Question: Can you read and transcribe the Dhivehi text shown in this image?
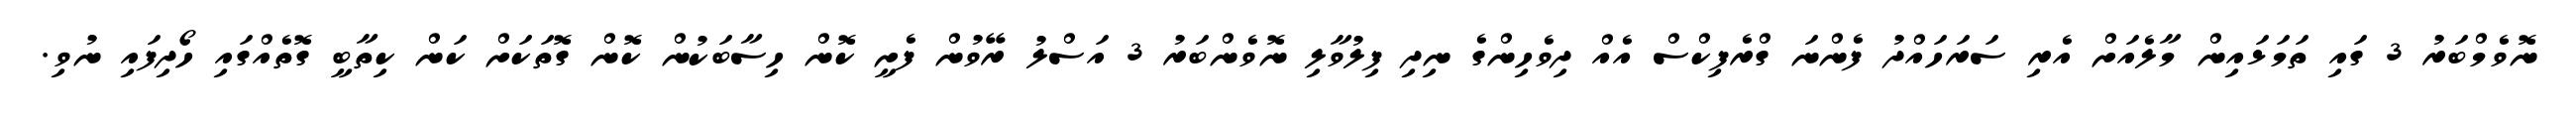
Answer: ނޮވެމްބަރު 3 ގައި ތަމަޅައިން މާލެއަށް އެރި ސަރަހައްދު ފެންނަ ގްރެފިކްސް އެއް ދިވެހިންގެ ނިދި ފިލުވާލި ނޮވެންބަރު 3 އަސްލު ރޭވުން ފެށީ ކޮން ހިސާބަކުން ކޮން ގޮތަކަށް ކަން ކިތާބީ ގޮތެއްގައި ހޯދިފައި ނުވި.